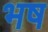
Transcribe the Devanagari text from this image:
भष